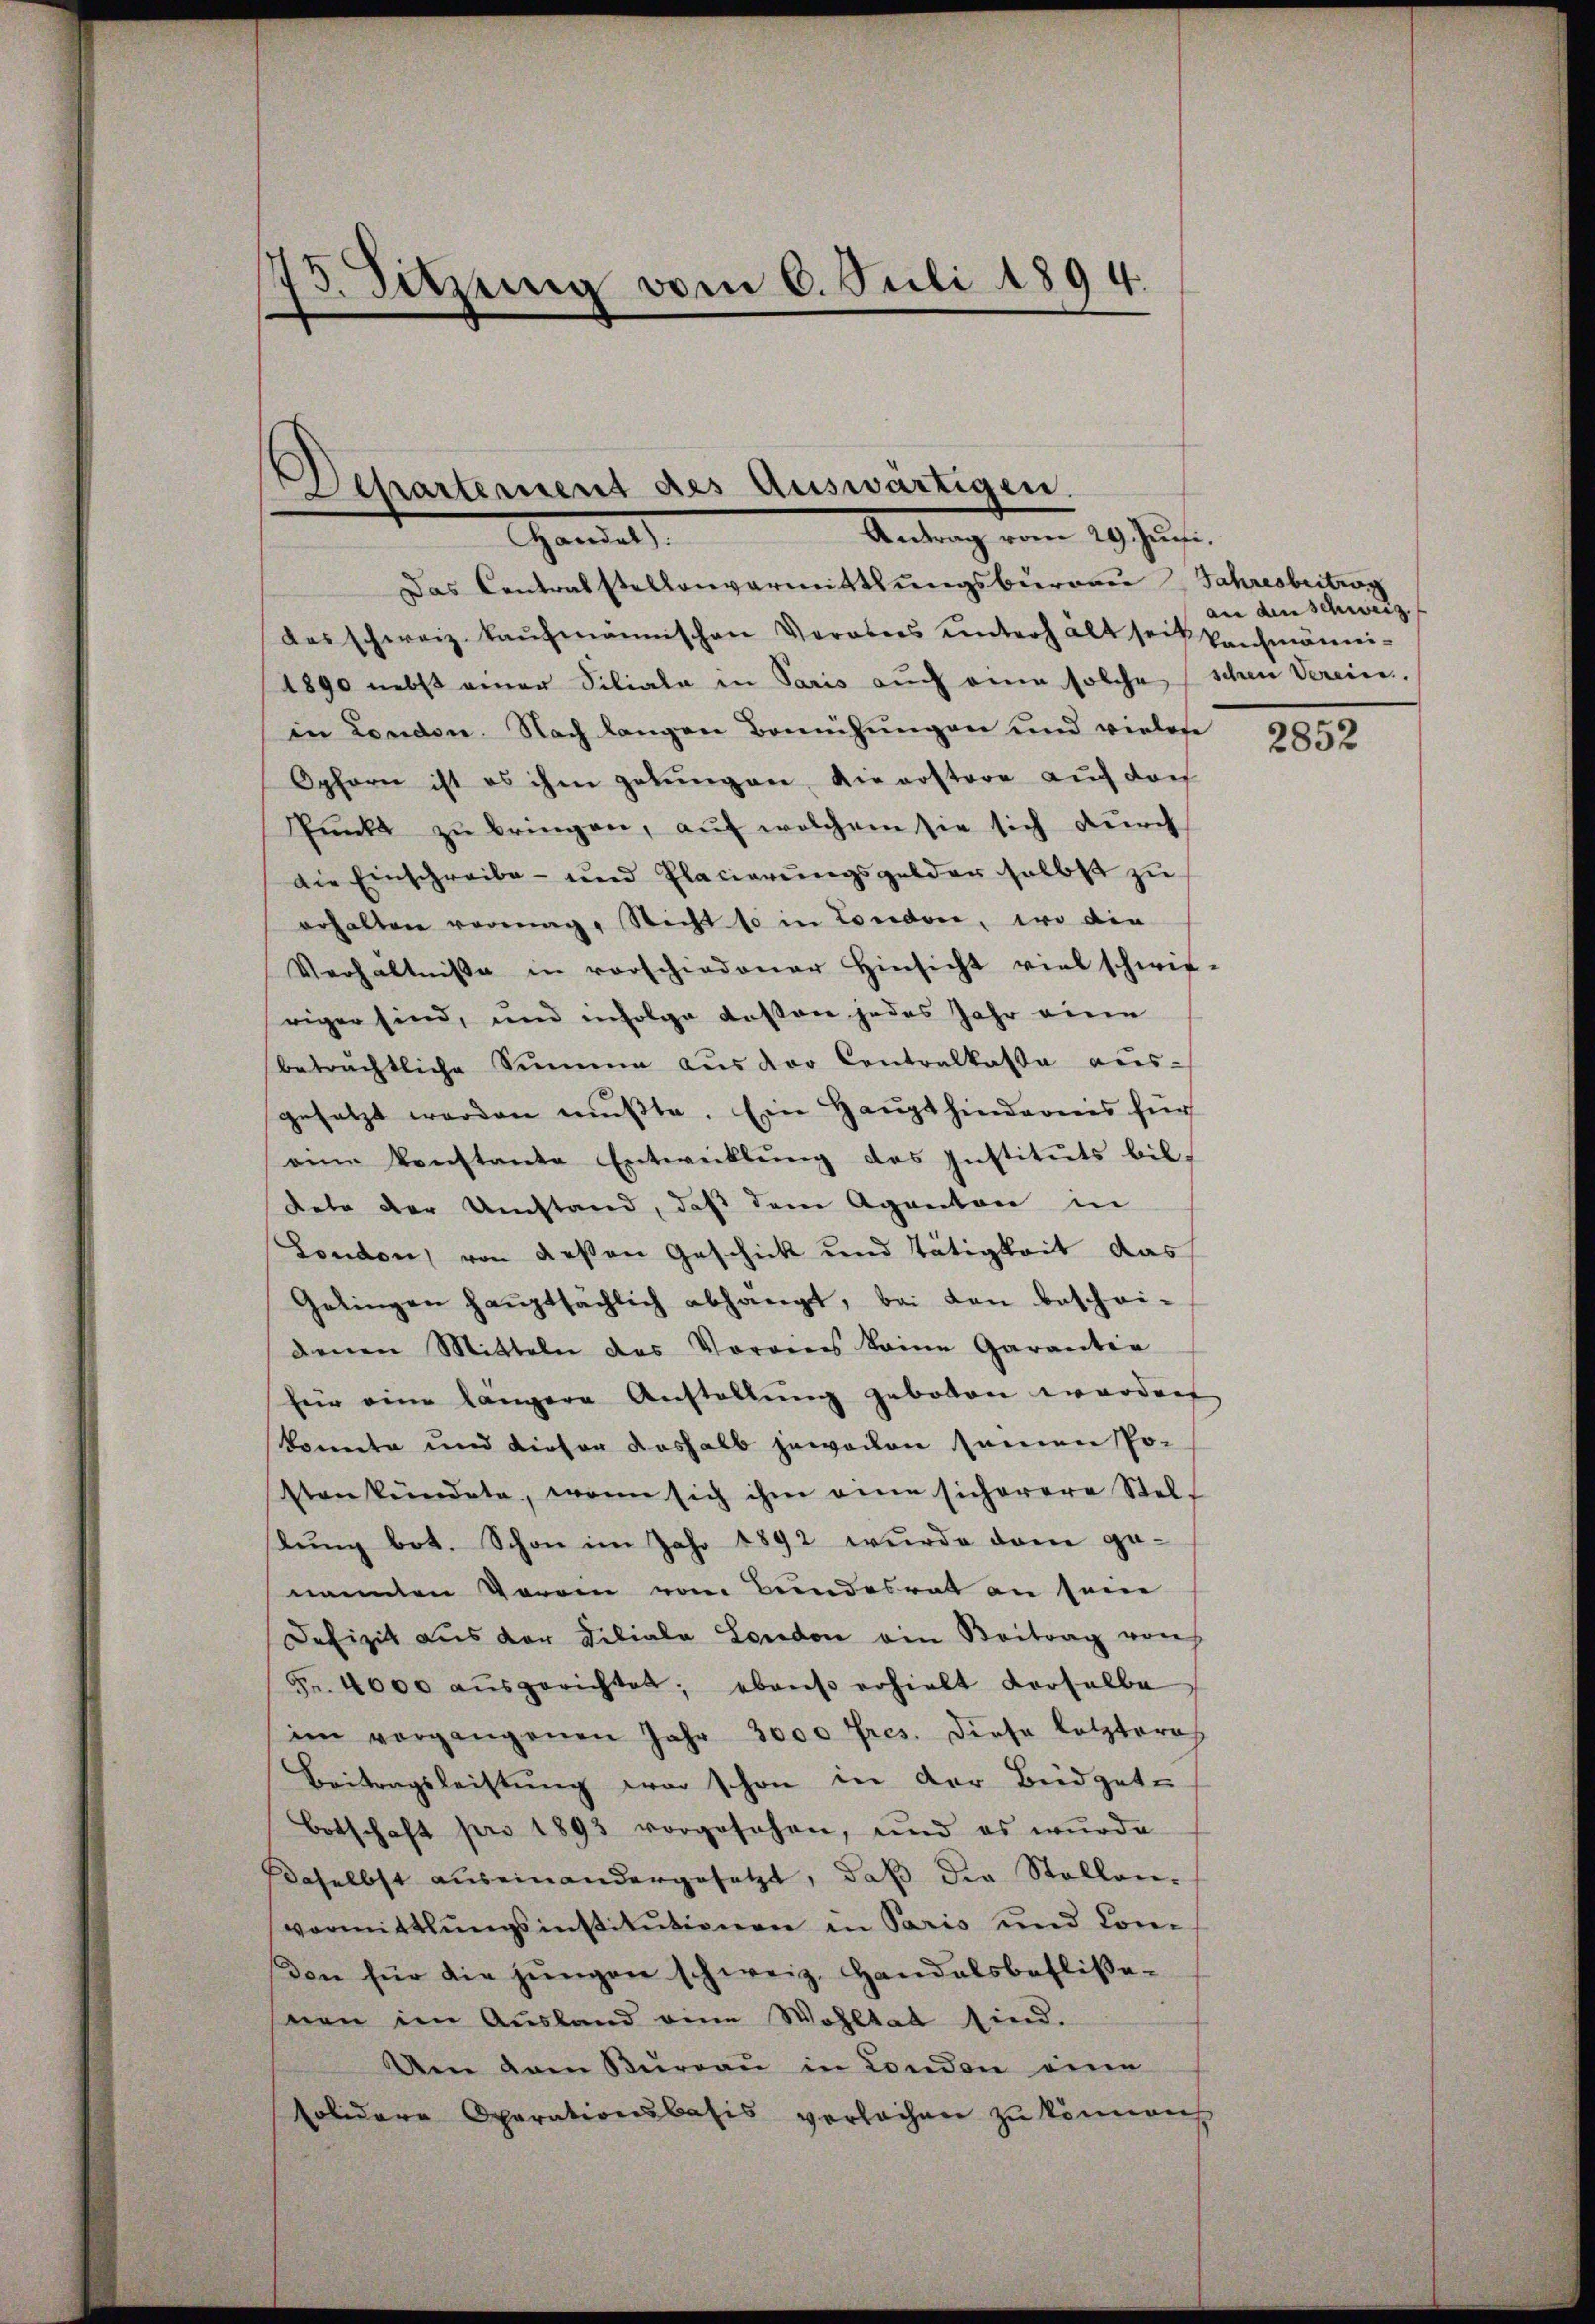
3. Sitzung vom 6. Juli 1894.

Spartement des Auswärtigen.
Antrag vom 29. Juni,
Handel

Das Centralstellenvermittlungsburgau Jahresbeitrag
des schweiz. Kaŭfmännischen Verannes ŭnterhalt seit kaufmänni¬
1890 nebst einer Filiale in Paris auch eine solche schen Verein.
in London. Nach langen Bemühungen und vielese
Opfern ist es ihm gebŭngen die erstore auch doch
Pŭnkt zŭ bringen, aŭf welchem sie sich dŭrch
die Einschreibe- und Placierŭngsgelder selbst zu
erhalten vermag. Nicht so in Londone, wo die
Verhältniße in vorschiedener Hinsicht viel schwie-
riger sind, und infolge dessen jedes Jahr eine
beträchtliche Simmen aus der Contralkassa aus-
gesetzt werden mußte. Ein Haupthindernis für
eine konstante Entwicklung des Instituts bildete der Umstand, daß dem Agenton in
London, von deßen Geschick und Tätigkeit das
Gelingen haŭptsächlich abhängt, bei den beschei-
denen Mitteln des Voraus keine Garantie
fier eine längere Anstellung geboten worden
konnte und dieser deshalb jeweilen seinen Po¬
Stenkündete, wenn sich ihm eine sicherere Stel-
lung bot. Schon im Jahr 1892 wurde dem ge-
nannten Vorren vom Bundesrath an sein
Defizit aus der Filiala London ein Beitrag von
Fr. 4000 aŭsgerichtet; ebenso erhielt derselbe
im vorgangenen Jahr 3000 Fres. diese letztere
Beitragsleistŭng war schon in der Büdgete
botschaft pro 1893 vorgesehen, und es wŭrde
Daselbst auseinandergesetzt, daβ die Stellen-
vermittlungsinstitŭtionen in Paris und Com
den für die jungen schweiz. Handelsbeflisse-
nen im Ausland eine Wohltat sind.
Um dann Thurgau in London eine
solidare Operationsbasis verlachen zŭ können

an den schweiz

2852